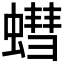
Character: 𮔷